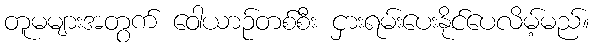
တူမများအတွက် ဝေါယာဉ်တစ်စီး ငှားရမ်းပေးနိုင်ပေလိမ့်မည်။